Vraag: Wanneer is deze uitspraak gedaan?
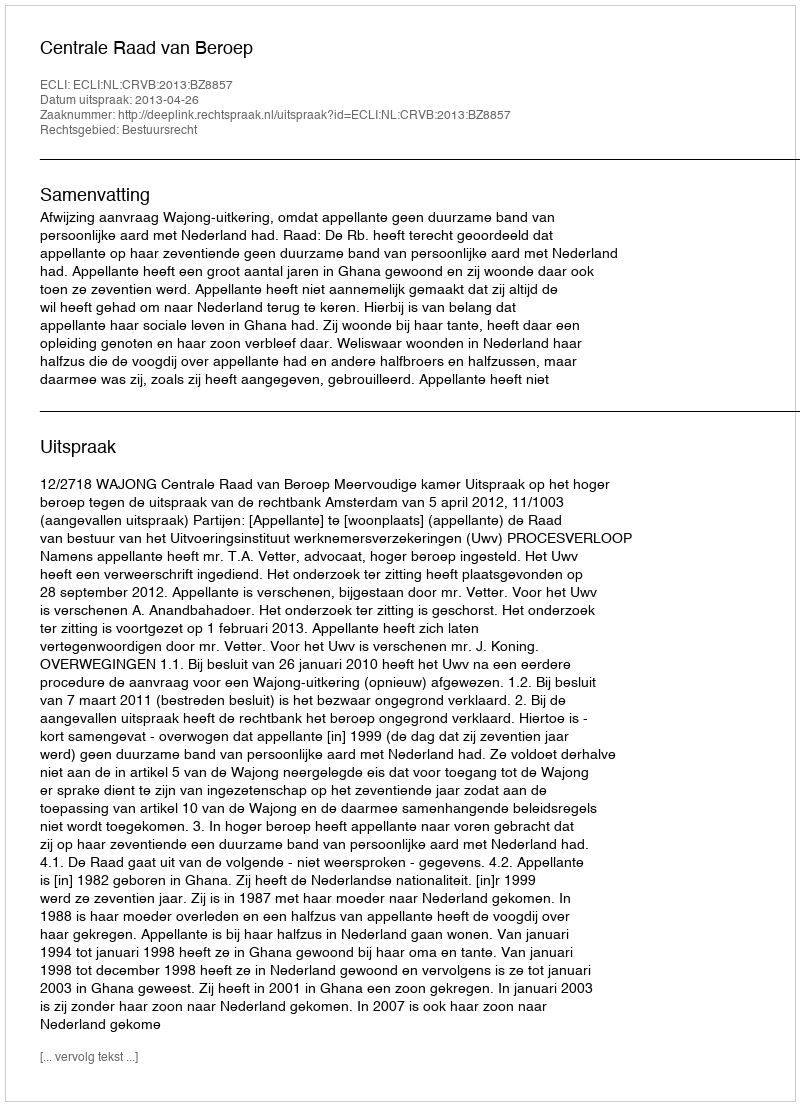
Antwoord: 2013-04-26